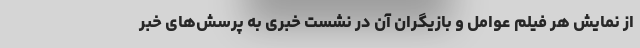
از نمایش هر فیلم عوامل و بازیگران آن در نشست خبری به پرسش‌های خبر